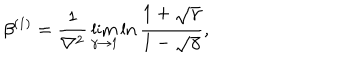
\beta ^ { ( 1 ) } = { \frac { 1 } { \nabla ^ { 2 } } } \lim _ { \gamma \to 1 } \ln { \frac { 1 + \sqrt \gamma } { 1 - \sqrt \gamma } } ,